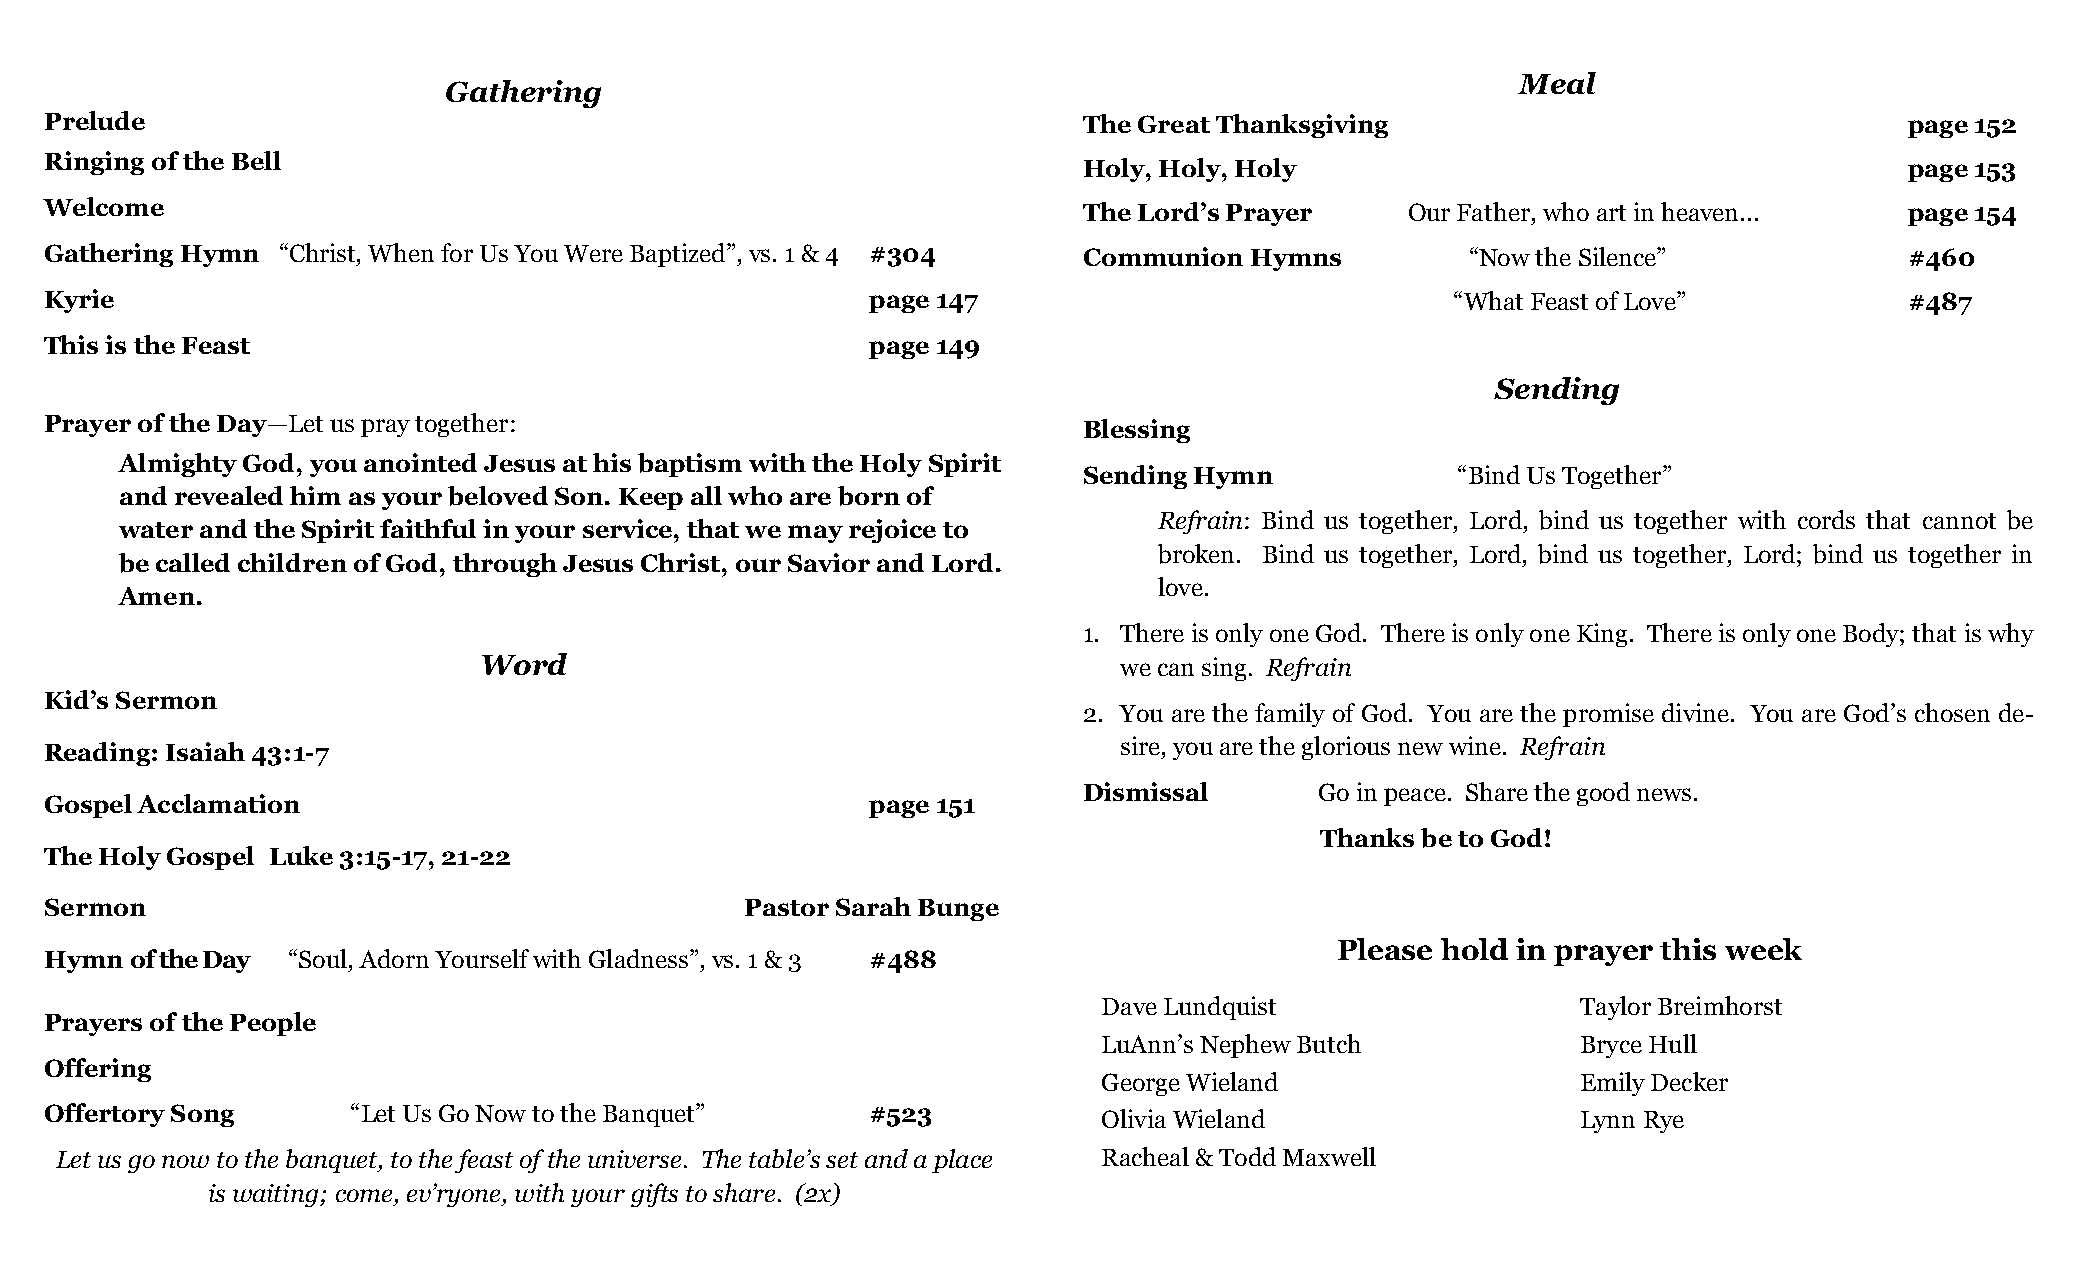
Meal
 Gathering
 Prelude                                                              The Great Thanksgiving                                page 152
 Ringing of the Bell
 Holy, Holy, Holy                                      page 153
 Welcome                                                              The Lord’s Prayer    Our Father, who art in heaven... page 154
 Gathering Hymn “Christ, When for Us You Were Baptized”, vs. 1 & 4 #304 Communion Hymns        “Now the Silence”            #460
 Kyrie                                                  page 147                              “What Feast of Love”          #487
 This is the Feast                                      page 149
 Sending
 Prayer of the Day—Let us pray together:                              Blessing
 Almighty God, you anointed Jesus at his baptism with the Holy Spirit
 Sending Hymn            “Bind Us Together”
 and revealed him as your beloved Son. Keep all who are born of
 Refrain: Bind us together, Lord, bind us together with cords that cannot be
 water and the Spirit faithful in your service, that we may rejoice to
 broken. Bind us together, Lord, bind us together, Lord; bind us together in
 be called children of God, through Jesus Christ, our Savior and Lord.
 love.
 Amen.
 1. There is only one God. There is only one King. There is only one Body; that is why
 Word                                      we can sing. Refrain
 Kid’s Sermon
 2. You are the family of God. You are the promise divine. You are God’s chosen de-
 Reading: Isaiah 43:1-7                                                 sire, you are the glorious new wine. Refrain
 Dismissal      Go in peace. Share the good news.
 Gospel Acclamation                                     page 151
 Thanks be to God!
 The Holy Gospel Luke 3:15-17, 21-22
 Sermon                                        Pastor Sarah Bunge
 Please hold in prayer this week
 Hymn  of the Day “Soul, Adorn Yourself with Gladness”, vs. 1 & 3 #488
 Dave Lundquist                  Taylor Breimhorst
 Prayers of the People
 LuAnn’s Nephew Butch            Bryce Hull
 Offering
 George Wieland                  Emily Decker
 Offertory Song      “Let Us Go Now to the Banquet”     #523           Olivia Wieland                  Lynn Rye
 Let us go now to the banquet, to the feast of the universe. The table’s set and a place Racheal & Todd Maxwell
 is waiting; come, ev’ryone, with your gifts to share. (2x)